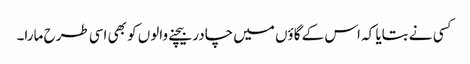
کسی نے بتایا کہ اس کے گاؤں میں چادر بیچنے والوں کو بھی اسی طرح مارا۔